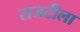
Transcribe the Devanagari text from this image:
राजटीला